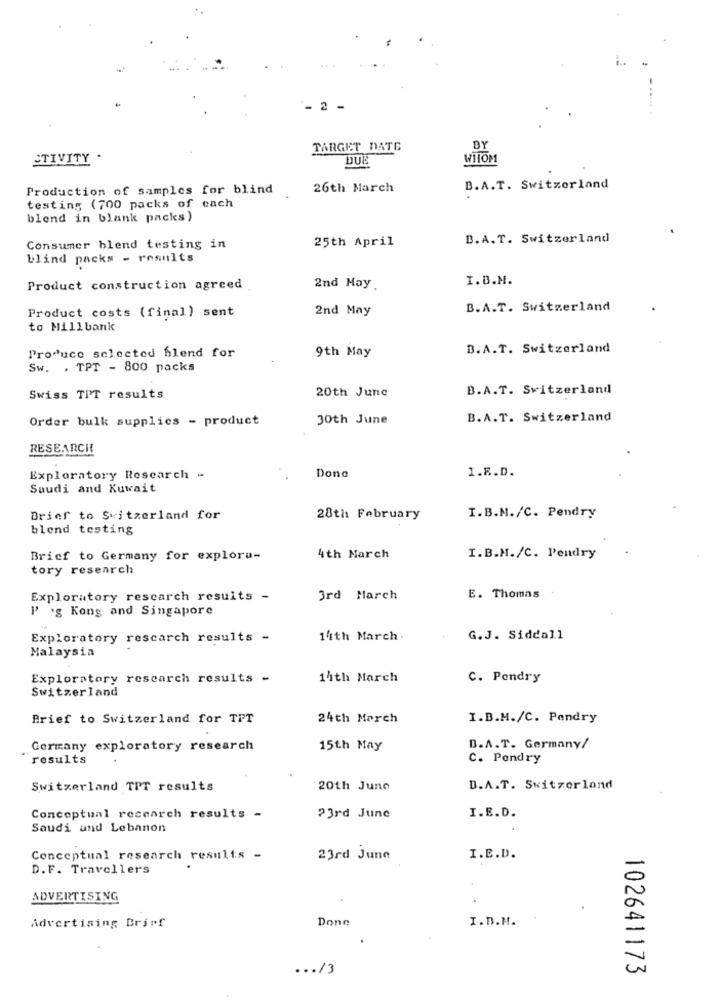
- 2 -
TARGET DATE
BY
STIVITY .
DUK
WIIOM
Production of samples for blind
26th March
B.A.T. Switzerland
testing (700 packs of cach
blend in blank packs)
25th April
B.A.T. Switzerland
Consumer blend testing in
blind packs - results
I.B.M.
Product construction agreed
2nd May
Product costs (final) sent
2nd May
B.A.T. Switzerland
to Millbank
B.A.T. Switzerland
Produce selected blend for
9th May
Sw. . TPT - 800 packs
20th June
B.A.T. Switzerland
Swiss TPT results
Order bulk supplics - product
30th June
B.A.T. Switzerland
RESEARCH
I.R.D.
Exploratory Research -
Done
Suudi and Kuwait
Brief to Switzerland for
28th February
I.B.M./C. Pendry
blend testing
Brief to Germany for explora-
4th March
I.B.M./C. Pendry
tory research
Exploratory rescarch results -
3rd March
E. Thomas
P .g Kong and Singapore
Exploratory rescarch results -
14th March .
G.J. Siddall
Malaysia
Exploratory research results -
14th March
C. Pendry
Switzerland
Brief to Switzerland for TFT
24th March
I.B.M./C. Pendry
Germany exploratory research
15th May
B.A.T. Germany/
results
C. Pondry
Switzerland TPT results
20th June
D.A.T. Switzerland
Conceptual research results -
23rd June
I.E.D.
Saudi und Lebanon
Conceptual research results -
23rd June
I.E.D.
D.F. Travellers
ADVERTISING
Advertising Brief
Done
I.D.H.
... /3
102641173